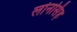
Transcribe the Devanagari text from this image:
लोनसिंह